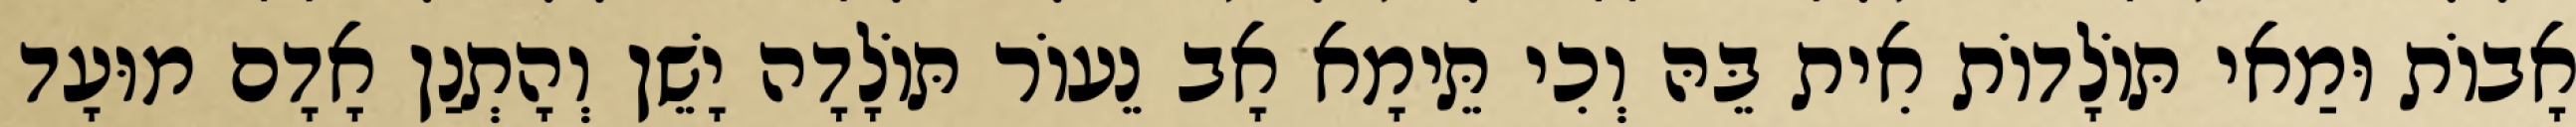
אָבוֹת וּמַאי תּוֹלָדוֹת אִית בֵּהּ וְכִי תֵּימָא אָב נֵעוֹר תּוֹלָדָה יָשֵׁן וְהָתְנַן אָדָם מוּעָד